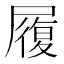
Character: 履